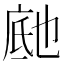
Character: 𬼰